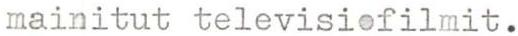
mainitut televisiofilmit.